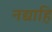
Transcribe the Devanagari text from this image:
नद्याहि